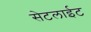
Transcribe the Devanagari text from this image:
सेटलाईट